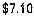
$7.10